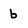
Character: 6